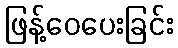
ဖြန့်ဝေပေးခြင်း